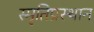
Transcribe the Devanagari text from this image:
स्मृतिप्रस्थान